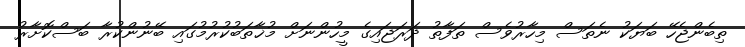
ތިބެންޖެހޭ ބަޔަކު ނެތަސް މިހާރުވެސް ތަފާތު ދަރަޖައިގެ މީހުންނަށް މުޚާތަބުކުރުމުގައި ބޭނުންކުރާ ބަސްކޮށާރު